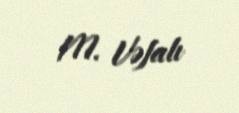
M. Vəfalı